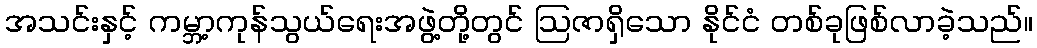
အသင်းနှင့် ကမ္ဘာ့ကုန်သွယ်ရေးအဖွဲ့တို့တွင် ဩဇာရှိသော နိုင်ငံ တစ်ခုဖြစ်လာခဲ့သည်။